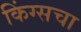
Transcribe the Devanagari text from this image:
किंग्सचा